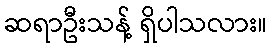
ဆရာဦးသန့် ရှိပါသလား။